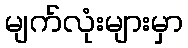
မျက်လုံးများမှာ